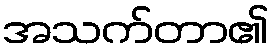
အသက်တာ၏